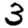
Digit: 3